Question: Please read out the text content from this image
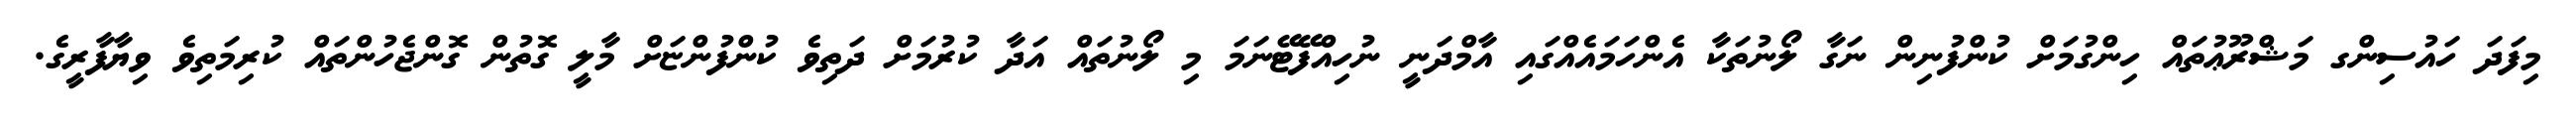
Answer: މިފަދަ ހައުސިންގ މަޝްރޫޢުތައް ހިންގުމަށް ކުންފުނިން ނަގާ ލޯނުތަކާ އެންހަމައެއްގައި އާމްދަނީ ނުހިއްފޭޓޭނަމަ މި ލޯނުތައް އަދާ ކުރުމަށް ދަތިވެ ކުންފުންޏަށް މާލީ ގޮތުން ގޮންޖެހުންތައް ކުރިމަތިވެ ވިޔާފާރީގެ.